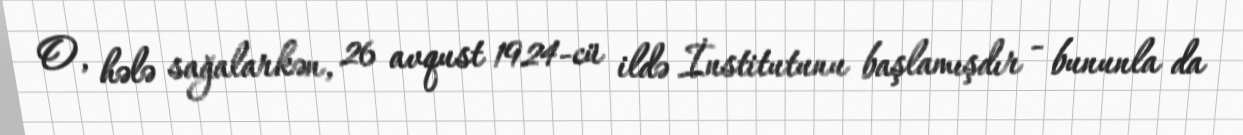
O, hələ sağalarkən, 26 avqust 1924-cü ildə İnstitutunu başlamışdır - bununla da